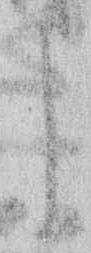
う